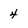
Character: 4